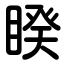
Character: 睽